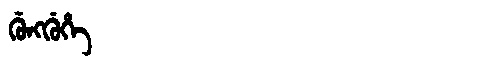
Manchu: ᡤᡠᠩᡤᡠᡥᡝ
Romanization: GUNGGUHE